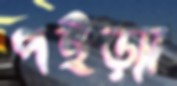
পইড়্যা